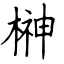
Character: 榊